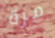
مرة